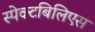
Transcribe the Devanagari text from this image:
स्पेक्टबिलिएस